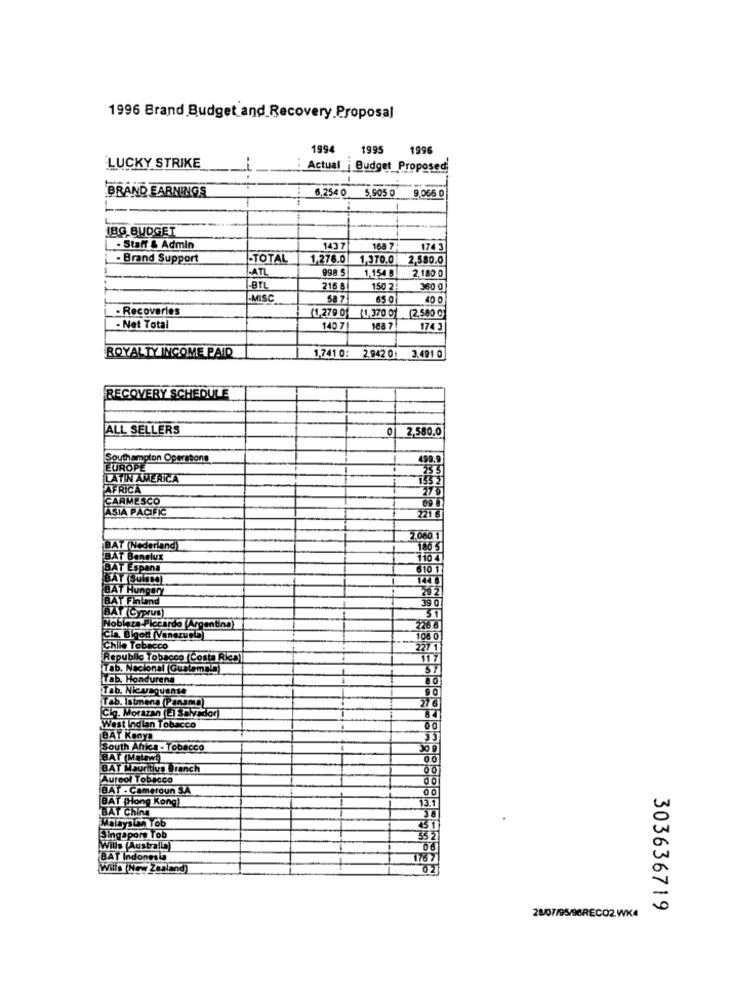
1996 Brand Budget and Recovery Proposal
199
1995
1996
LUCKY STRIKE
Actual i Budget_Proposed
-
BRAND EARNINGS
9,066 0
6.254 0 5,505 0
-
IBC BUDGET
· Staff & Admin
1437
168 7
174 3
. Brand Support
-TOTAL
1,276.0
1,370.0
2,580.0
-ATL
998 5
1.154 0
2,180 0
BTL
216 8
150 2
360 0
.MISC
S8 7
650
O
. Recoveries
(2,580 ℃)
(1,279 0) {1,370 01
- Net Total
140 7
188 7
174 3
ROYALTY INCOME PAID
1,741 0:
2.942 0: 3.491 0
RECOVERY SCHEDULE
ALL SELLERS
0
2,580.0
Southampton Operations
499,9
EUROPE
LATIN AMERICA
AFRICA
375
CARMESCO
ASIA PACIFIC
221 8
2.000 1
BAT (Nederland)
146 5
BAT Benelux
110 4
BAT Espana
610 1
BAY (SulDO)
BAT Hungary
29 2
BAT Finland
BAT (Cyprus)
31
Nobleza-Plecarda (Argentina)
225 6
čia Bigont (Vanerusta
108 0
Chile Tobacco
227 1
Republla Tobacco (Costa Ricp)
Tab. Nacional Guatemala
57
Tab. Hondurena
Tab. Nicwaquense
o
Tab. istmena (Panama)
27 6
Cig. Morazan (El salvador)
West Indian Tobacco
00
BAT Kenya
33
South Africa - Tobacco
BAT (Malawi)
00
BAT Mauritius Branch
00
Aureol Tobacco
BAT - Cameroun SA
00
BAT (Hong Kong)
13.1
BAT Ching
Malaysian Tob
31
Singapore Tob
35 21
Wills (Australia)
BAT Indonesia
1767
Wills (New Zealand)
303636719
28/07/95/96RECO2.WK4